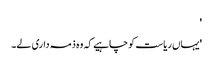
'
'یہاں ریاست کو چاہیے کہ وہ ذمہ داری لے۔